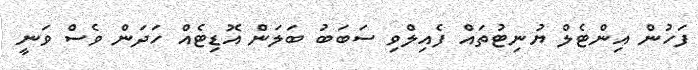
ފަހުން އިންޓެލް ޔުނިޓުތައް ފެއިލްވި ސަބަބު ބަލަން އޮޑިޓެއް ހަދަން ވެސް ވަނީ